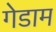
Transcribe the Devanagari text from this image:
गेडाम